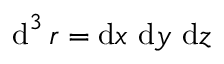
\operatorname { d } ^ { 3 } r = \mathrm { d } x \ \mathrm { d } y \ \mathrm { d } z